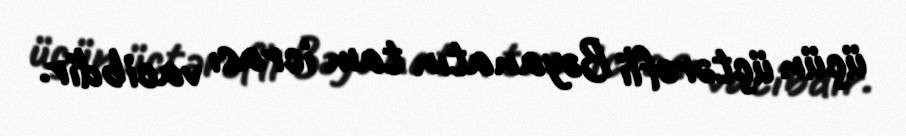
üçün üçtərəfli Bəyanatın tam icrası vacibdir.